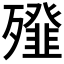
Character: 𣩶